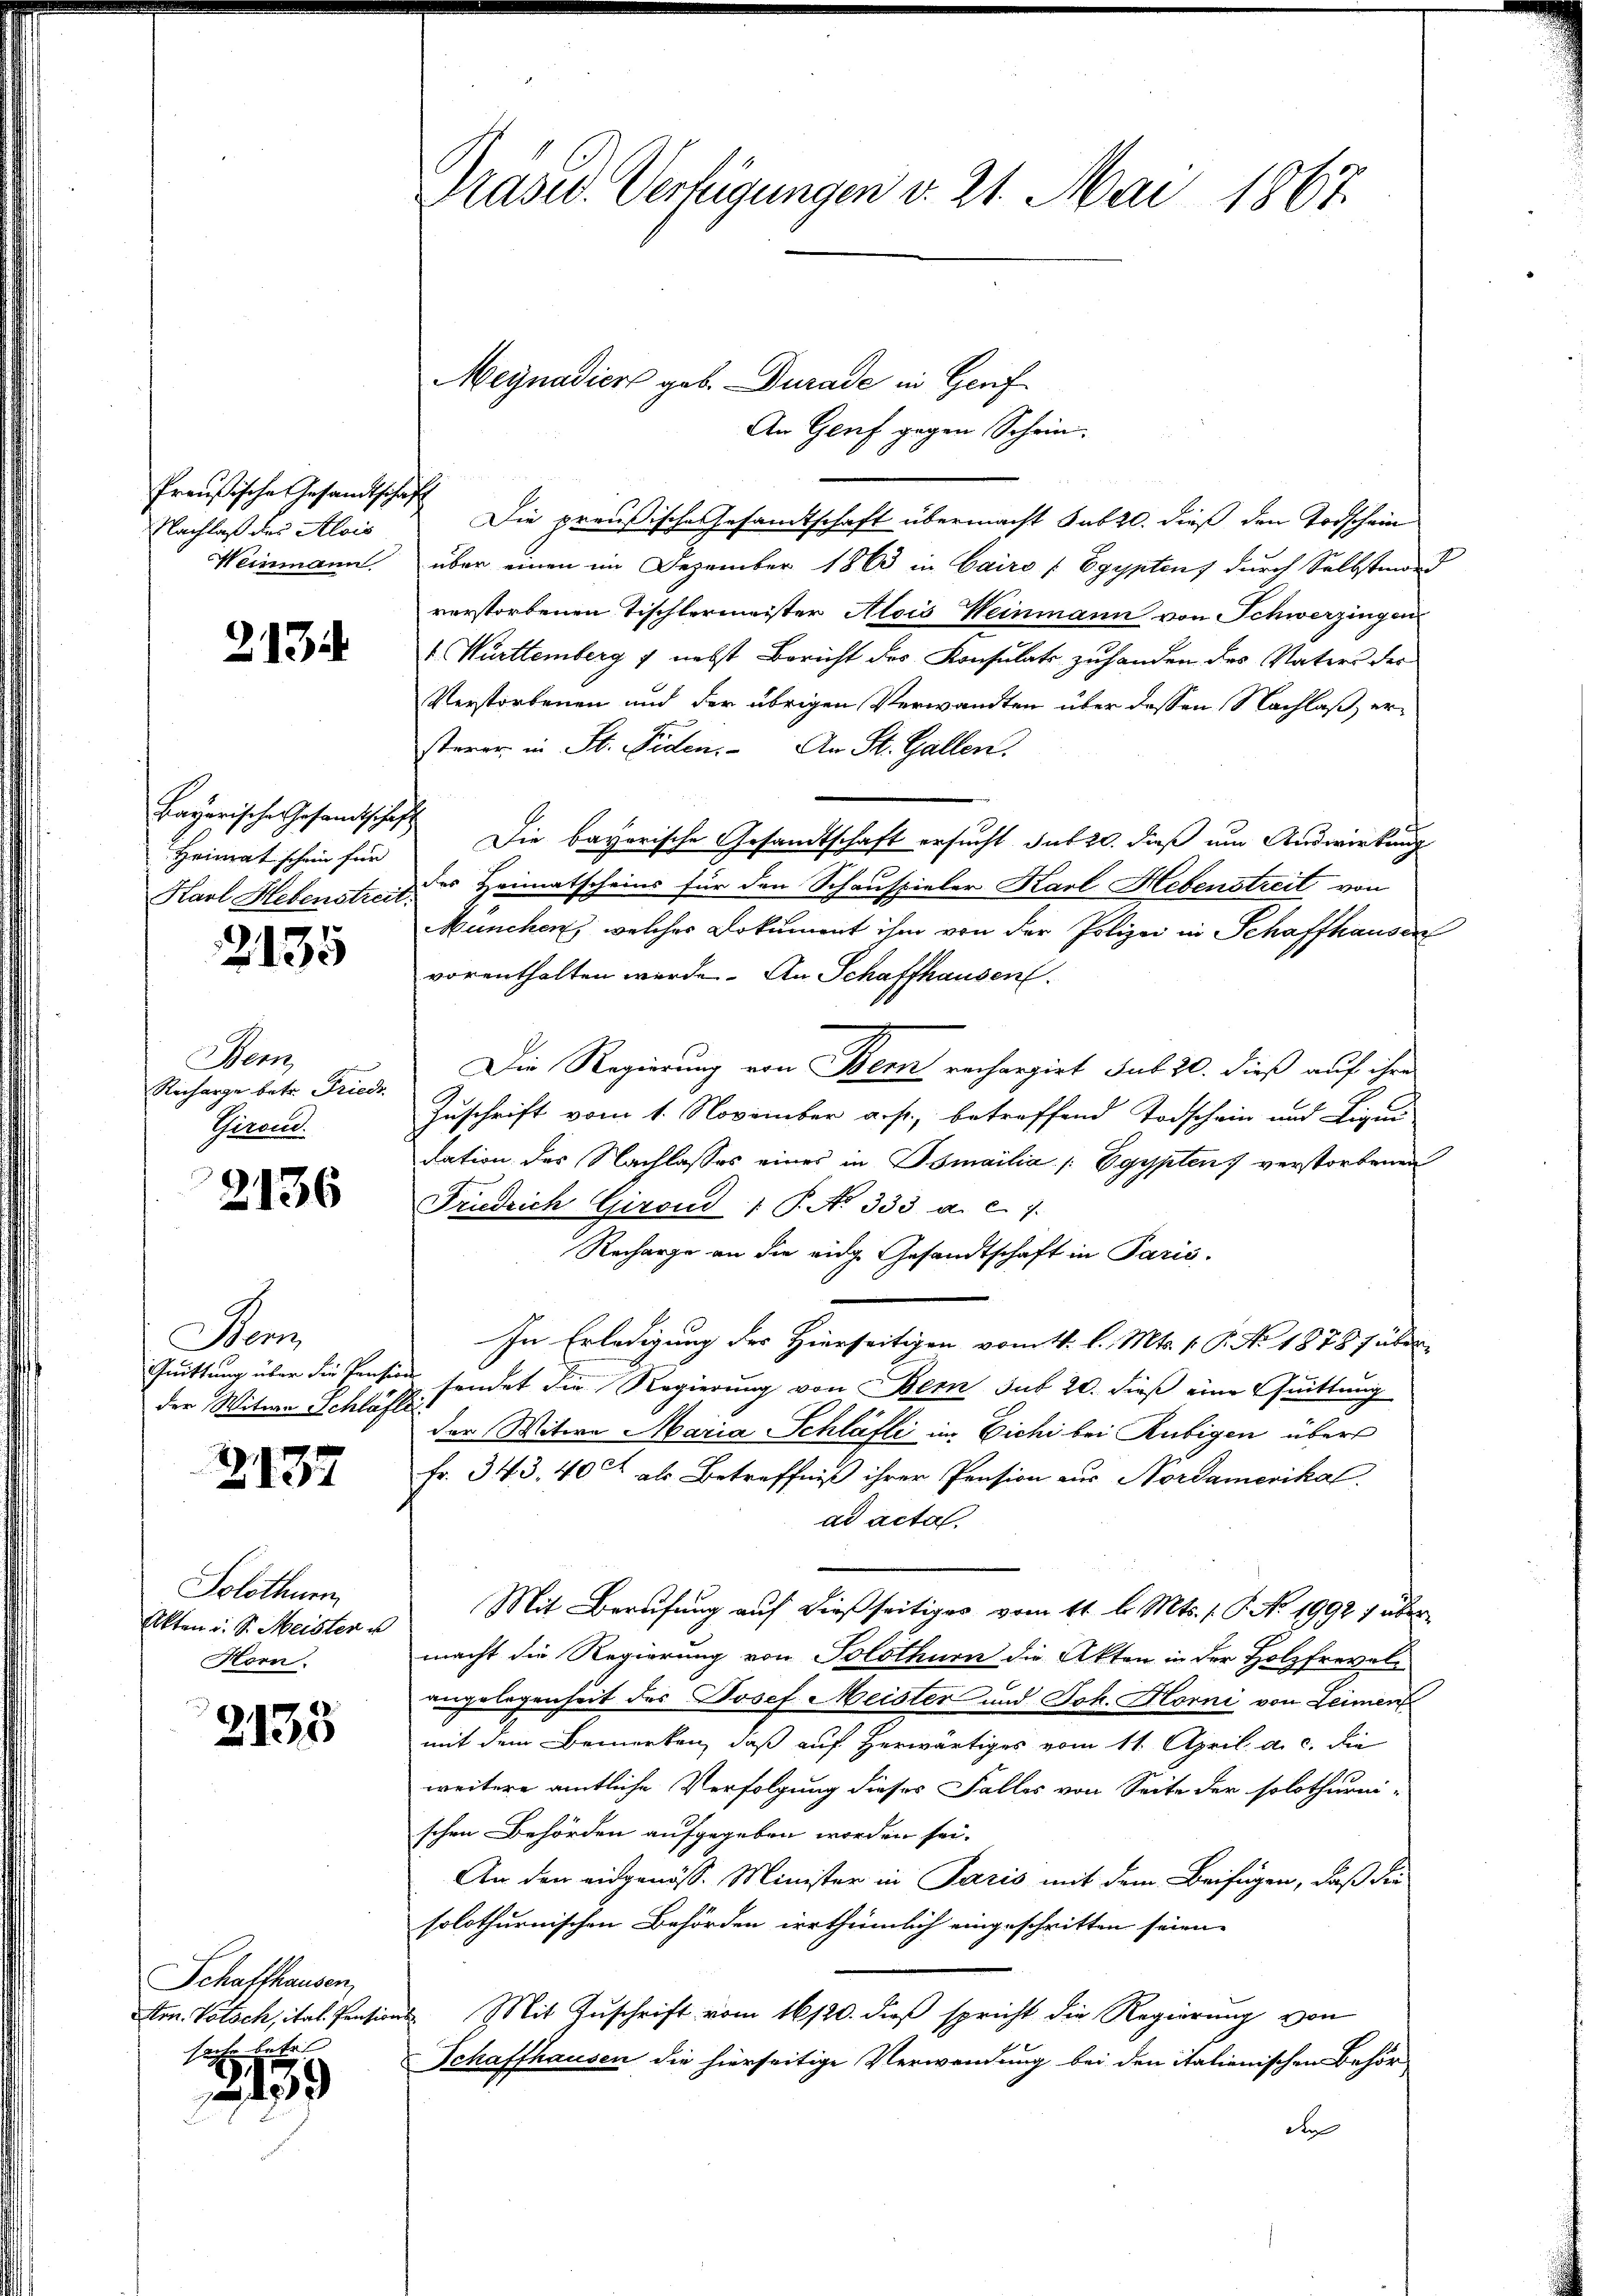
Preußische Gesandtscha
Nachlaß des Alois
Weinmann

Z. 134.

Bayerische Gesandtschaf
Heimat schein für
Karl Hebenstreit:

2135

Wenn
e
Recharge betr. Friede
Giroud.

2136

Sons
Quittung über die Pensio
der Witwe Schläft

Z 13

Solothurn
Akten u. S. Meister u
Horn.

2133

Schaffhausen,
Arn. Votach, ital. Pension
secret

2139

Präsid. Verfügungen v. 21. Mai 1867.

Megnadiert geb. Durade in Genf
An Genf gegen Schein.
f
Die preußische Gesandtschaft übermacht sub 20. dieß den Todschein
über einen im Dezember 1863 in Cairo / Egypten) durch Selbstmord
verstorbenen Tischlermeister Alois Weinmann von Schwerzingen
 Württemberg & nebst Bericht des Konsulats zuhanden des Vaters der
Verstorbenen und der übrigen Verwandten über dessen Nachlaß ersterer in St. Fiden. An St. Gallen.
Die bayerische Gesandtschaft ersucht sub 20. dieß um Auswirkung
des Heimatscheins für den Schauspieler Karl Hebenstreit von
München, welches Dokument ihm von der Polizei in Schaffhausen
vorenthalten werde. An Schaffhausen.
Die Regierung von Bern rechargirt sub 20. dieß auf ihre
Zuschrift vom 1. November a. p., betreffend Todschein und Liqu
dation des Nachlasses eines in Osmailia / Egypten verstorbenen
Friedrich Giroud : P. No 333. a. c. 7.
Recharge an die eidg Gesandtschaft in Paris.
In Erledigung des Hierseitigen vom 11. l. Mts. 1. P. No 1878 süber
fendet die Regierung von Bern sub 20. dieß eine Quittung
der Witwe Maria Schläfli im Eichi bei Rubigen über
Fr. 343, 40 rt als Betreffniß ihrer Pension aus Nordamerikal
ad acta.
Mit Berufung auf dießseitiges vom 11. l. Mts. f. P. No. 1992 7 über
macht die Regierung von Solothurn die Akten in der Holzfrevele
angelegenheit des Josef Meister und Joh. Horni von Leiment
mit dem Bemerken, daß auf herwärtiges vom 11. April a. c. die
weitere amtliche Verfolgung dieses Falles von Seite der solothurni-
schen Behörden aufgegeben worden sei.
An den eidgenöss. Minister in Paris mit dem Beifügen, daß die
solothurnischen Behörden irrthümlich eingeschritten seien.
 Mit Zuschrift vom 16/20. dieß spricht die Regierung von
-Schaffhausen die hierseitige Verwendung bei den italienischen Behörder